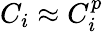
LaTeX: C_{i}\approx C_{i}^{p}